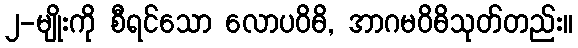
၂-မျိုးကို စီရင်သော လောပဝိဓိ, အာဂမဝိဓိသုတ်တည်း။